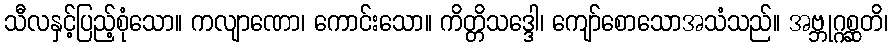
သီလနှင့်ပြည့်စုံသော။ ကလျာဏော၊ ကောင်းသော။ ကိတ္တိသဒ္ဒေါ၊ ကျော်စောသောအသံသည်။ အဗ္ဘုဂ္ဂစ္ဆတိ၊